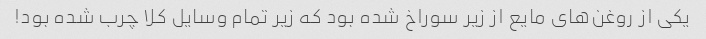
یکی از روغن‌های مایع از زیر سوراخ شده بود که زیر تمام وسایل کلا چرب شده بود!